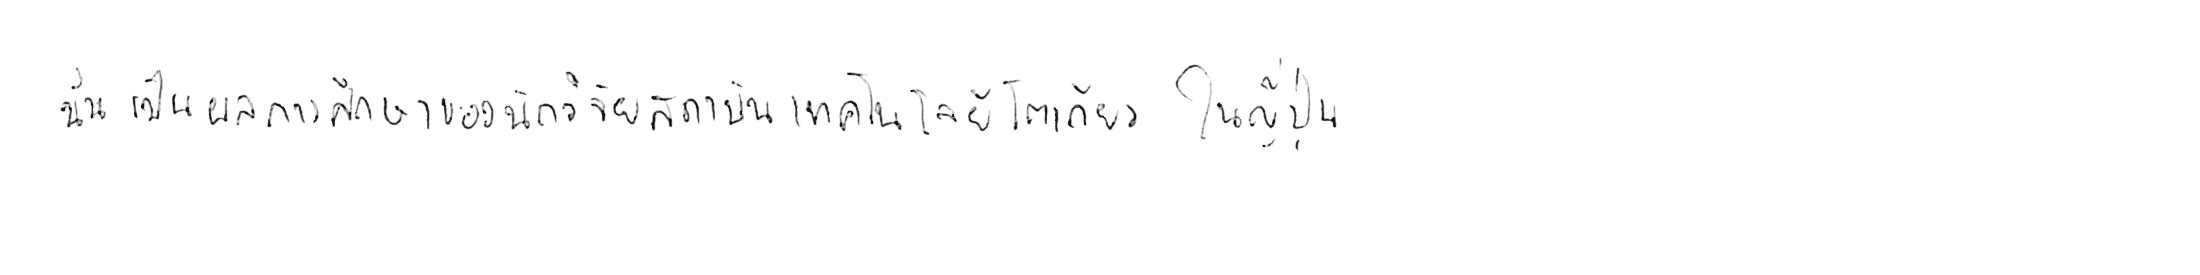
นั่นเป็นผลการศึกษาของนักวิจัยสถาบันเทคโนโลยีโตเกียว ในญี่ปุ่น